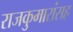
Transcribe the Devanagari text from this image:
राजकुमारांसह